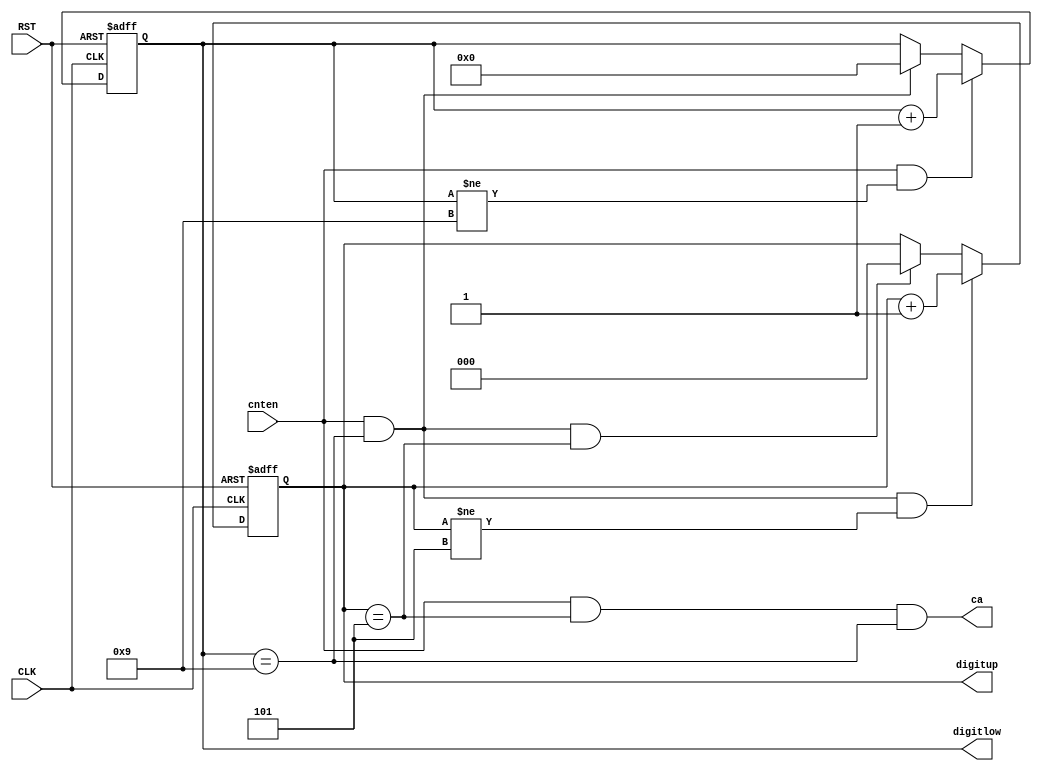
// Count up to 59min or 59sec.

module cnt60(
    input CLK, RST,
    input cnten,
    output ca,
    output reg [2:0] digitup,
    output reg [3:0] digitlow
);

// lower digit
always @(posedge CLK or posedge RST) begin
    if(RST)
        digitlow <= 4'd0;
    else if(cnten==1'b1 && digitlow!=4'd9)
        digitlow <= digitlow + 1'b1;
    else if(cnten==1'b1 && digitlow==4'd9)
        digitlow <= 4'd0;
end

// upper digit
always @(posedge CLK or posedge RST) begin
    if(RST)
        digitup <= 3'd0;
    else if(cnten==1'b1 && digitlow==4'd9 && digitup!=3'd5)
        digitup <= digitup + 1'b1;
    else if(cnten==1'b1 && digitlow==4'd9 && digitup==3'd5)
        digitup <= 3'd0;
end

// carry up
assign ca = (cnten==1'b1 && digitup==3'd5 && digitlow==4'd9);

endmodule